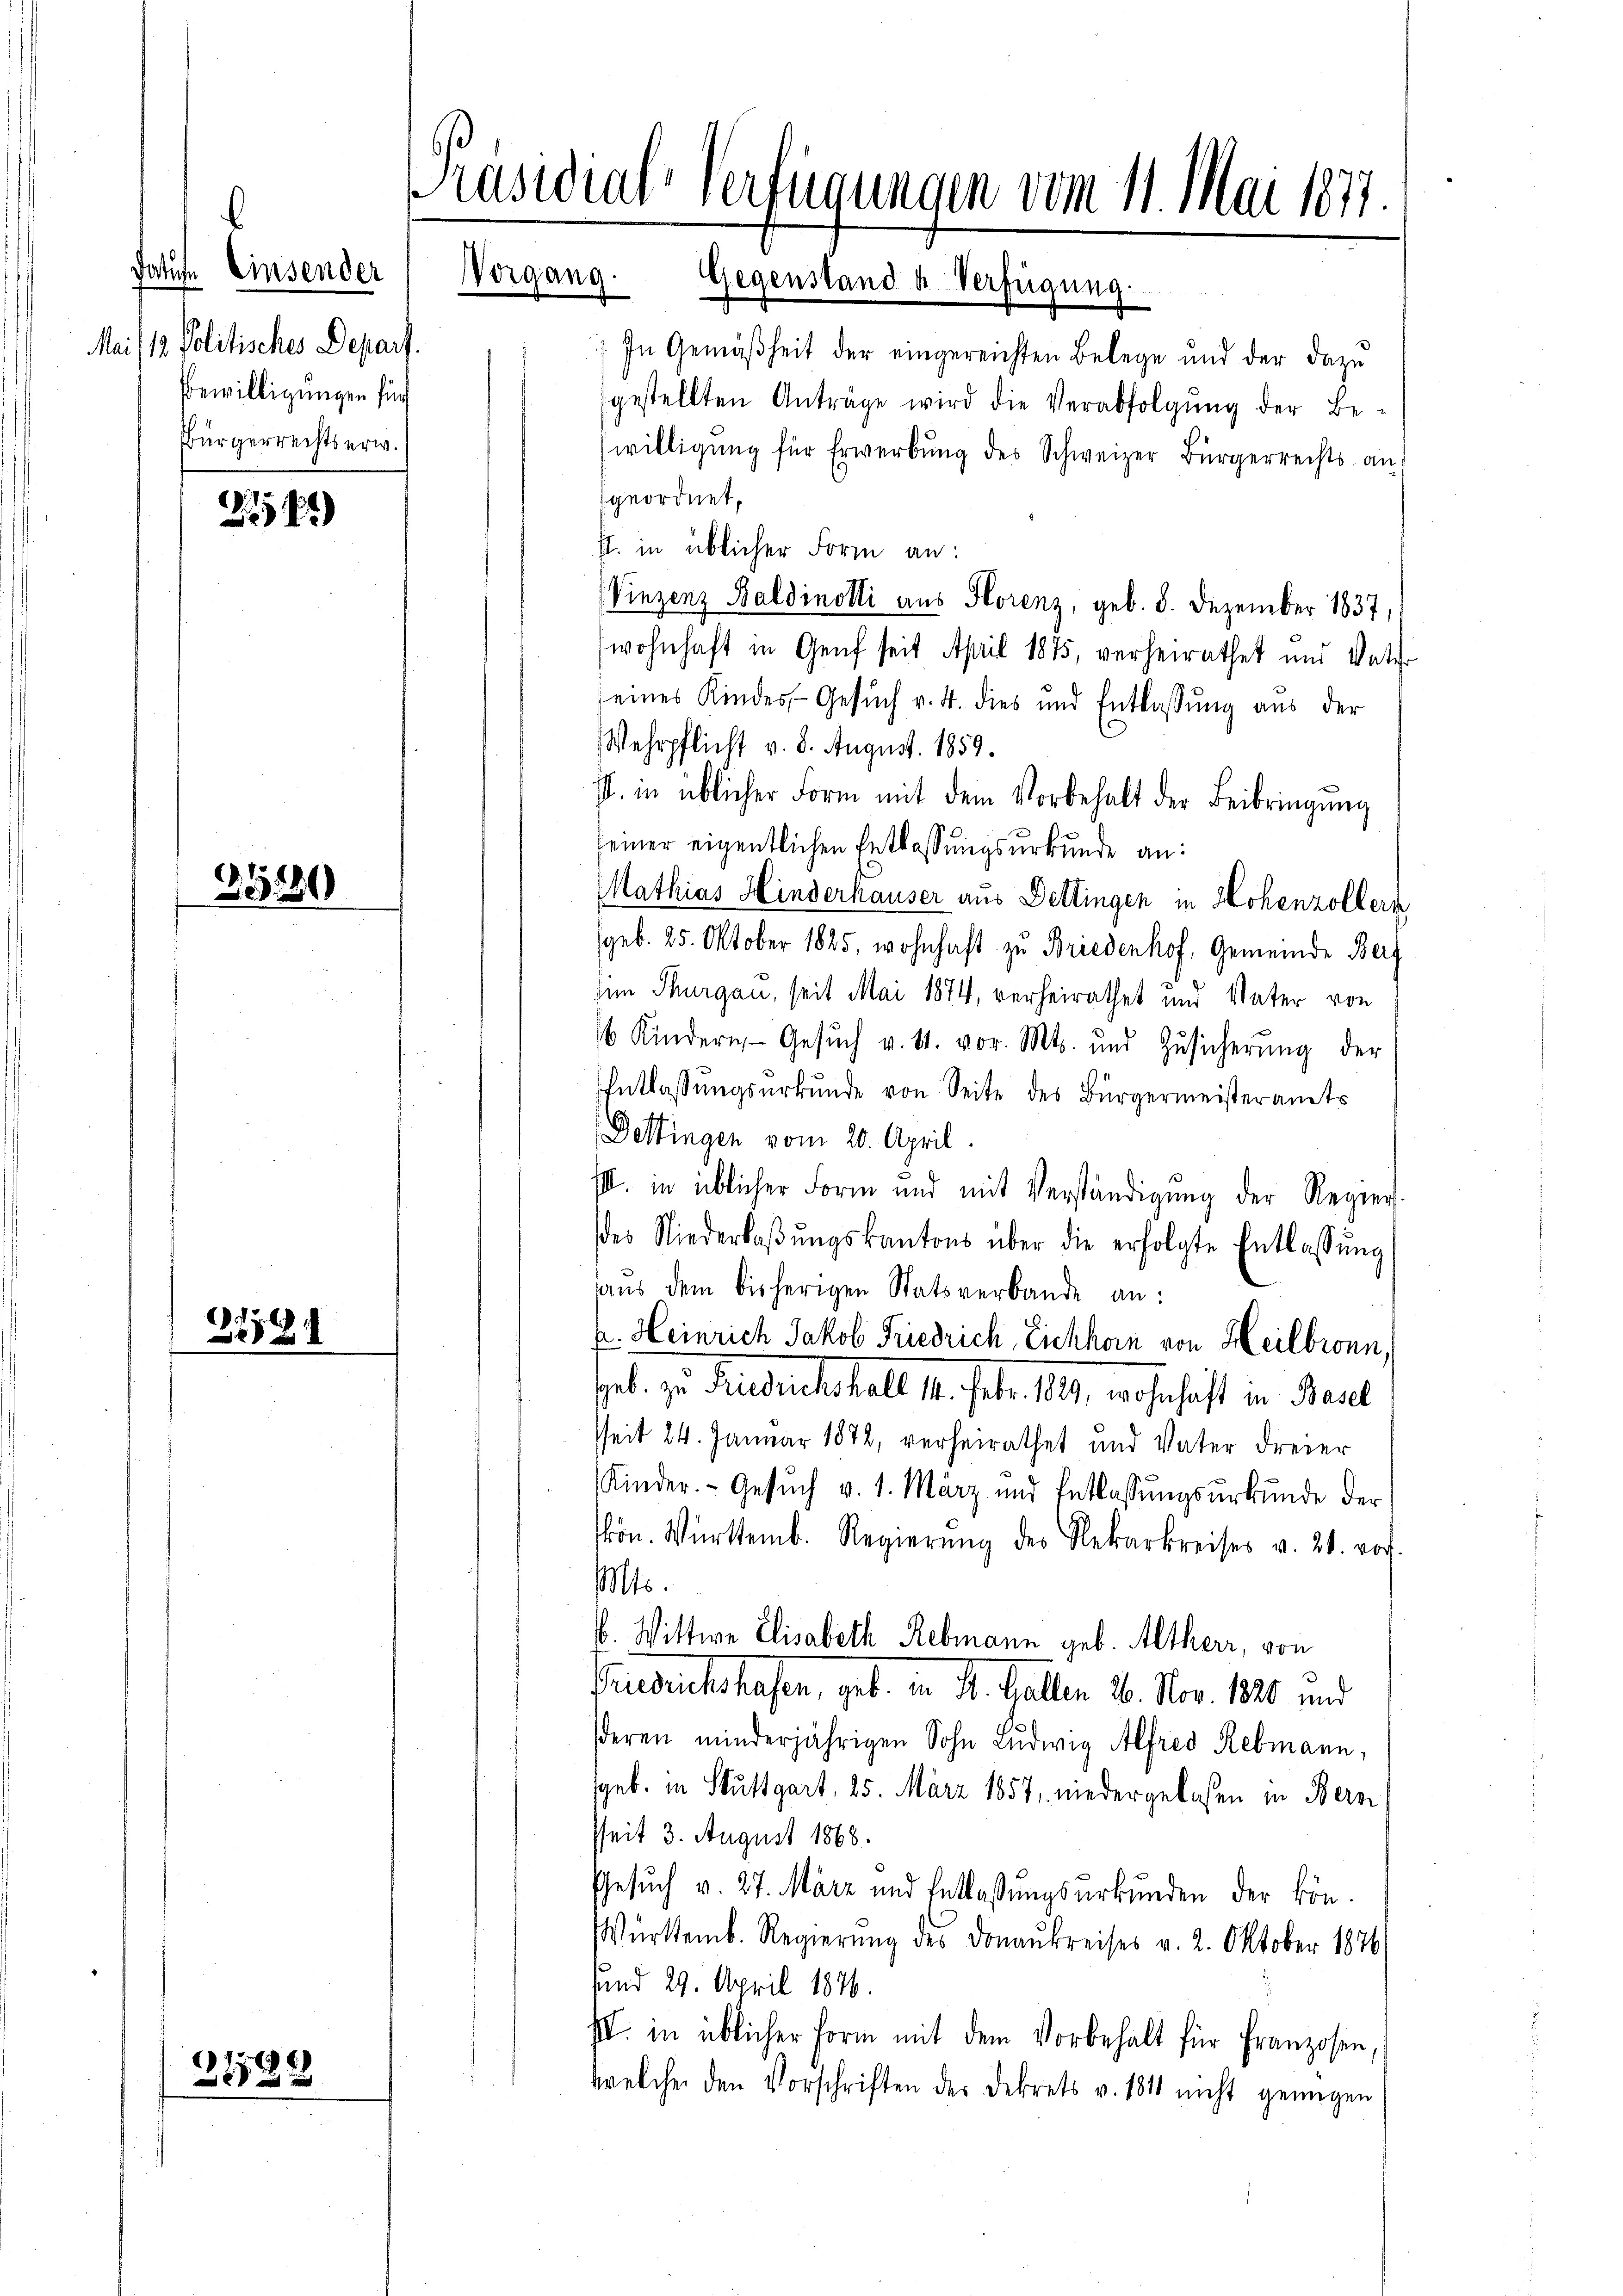
Patufe Einsender Vorgang.
Mai/12. Politisches Depart.
Bewilligungen für
Bürgerrechtserw.

2541)

35230

d
e

2129

Präsidial-Verfügungen vom 11. Mai 1877.
Gegenstand u. Verfügung.

) In Gemäßheit der eingereichten Belege und der dazu
gestellten Anträge wird die Verabfolgŭng der Be-
willigung für Erwerbung des Schweizer Bürgerrechts an
geordnet,
f. in üblicher Form an:
Vinzenz Baldinotti aus Horenz, geb. 8. Dezember 1837,
wohnhaft in Genf seit April 1875, verheirathet und Vate
seines Kindes Gesuch v. 4. dies und Entlassŭng aus der
Wehrpflicht v. 8. August. 1859.
I. in üblicher Form mit dem Vorbehalt der Beibringŭng
seiner eigentlichen Entlassungsurkunde an:
Mathias Hinderhauser aus Dettingen in Hohenzollern
(geb. 25. Oktober 1825, wohnhaft zu Briedenhof, Gemeinde Berg
den Thurgau, seit Mai 1874, verheirathet und Vater von
6 Kindern Gesŭch v. 11. vor. Mts. und Zŭsicherŭng der
Entlassungsurkunde von Seite des Bürgermeisteramts
Dettingen vom 20. April.
III. in üblicher Form und mit Verständigŭng der Regier
des Niederlaβŭngskantons über die erfolgte Entlassŭng
aŭs dem bisherigen Statsverbande an:
u. Heinrich Jakob Friedrich, Eichhorn von Heilbronn,
sel. zu Friedenschal 14. Febr. 1829, wohnhaft in Paul
seit 24. Januar 1872, verheirathet und Vater Freier
Kinder. Gesŭch v. 1. März und Entlassŭngsurkunde der
kön. Württemb. Regierŭng des Nekarkreises v. 21. rof.
Mts.
b. Wittwe Elisabeth Rebmann geb. Altherr, von
Bruedeichshasen, geb. in St. Gallen 26. Nov. 1820 und
deren minderjährigen Sohn Ludwig Alfred Rebmann,
geb. in Stuttgart, 25. März 1857, niedergelassen in Bern
sseit 3. August 1868.
Gesuch v. 27. März und Entlassungsurkunden der kön¬
Württemb. Regierung des Donaukreises v. 2. Oktober 1876
sund 29. April 1876.
III. in üblicher Form mit dem Vorbehalt für Franzosen,
welcher den Vorschriften des Dekrets v. 184 nicht genügen